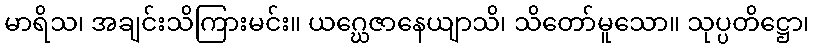
မာရိသ၊ အချင်းသိကြားမင်း။ ယဂ္ဃေဇာနေယျာသိ၊ သိတော်မူသော။ သုပ္ပတိဋ္ဌော၊